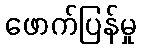
ဖောက်ပြန်မှု